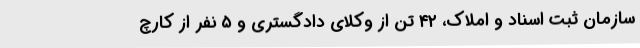
سازمان ثبت اسناد و املاک، ۴۲ تن از وکلای دادگستری و ۵ نفر از کارچ